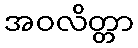
အဝလိတ္တာ